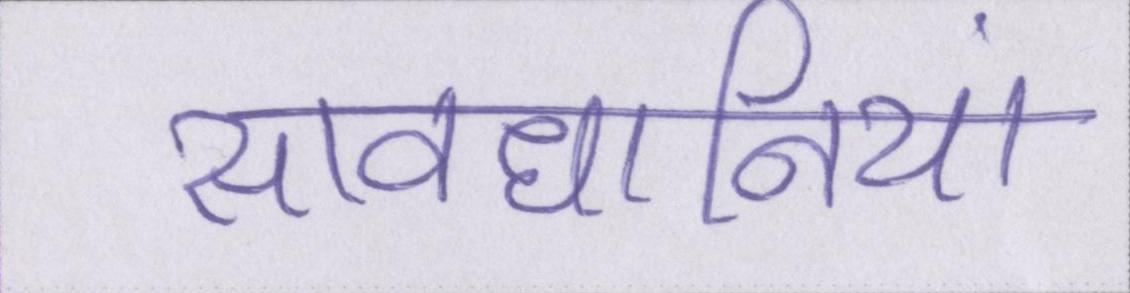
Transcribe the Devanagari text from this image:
सावधानियां